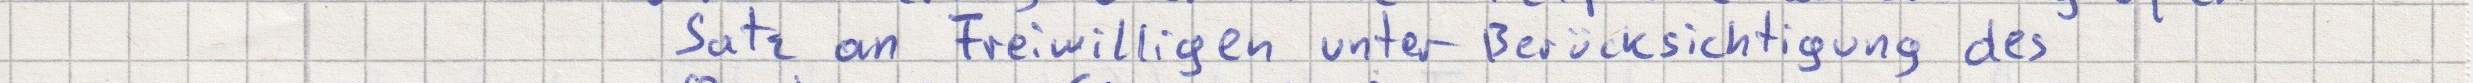
Satz an Freiwilligen unter Berücksichtigung des